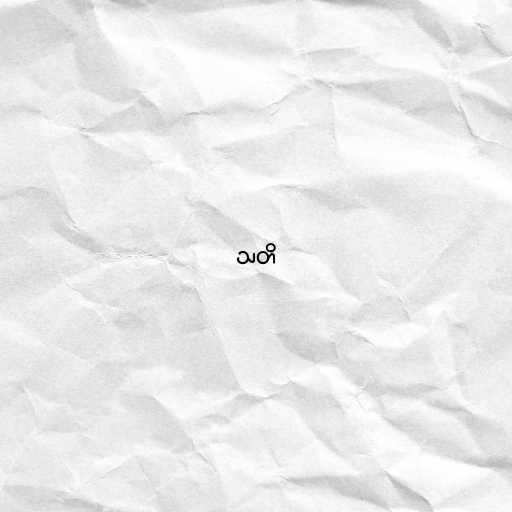
သတိ